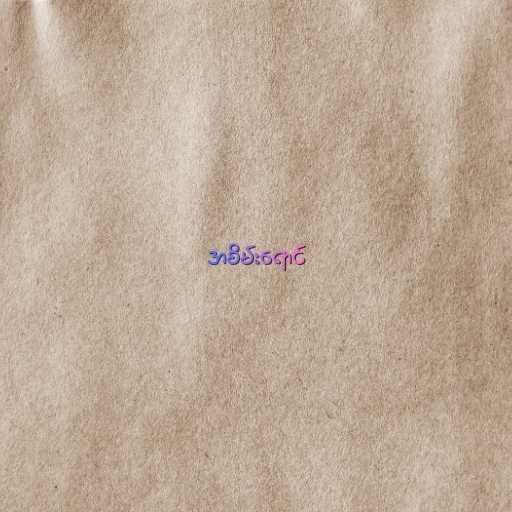
အစိမ်းရောင်